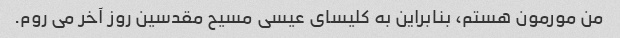
من مورمون هستم، بنابراین به کلیسای عیسی مسیح مقدسین روز آخر می روم.